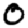
Digit: 0